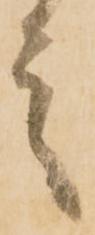
言